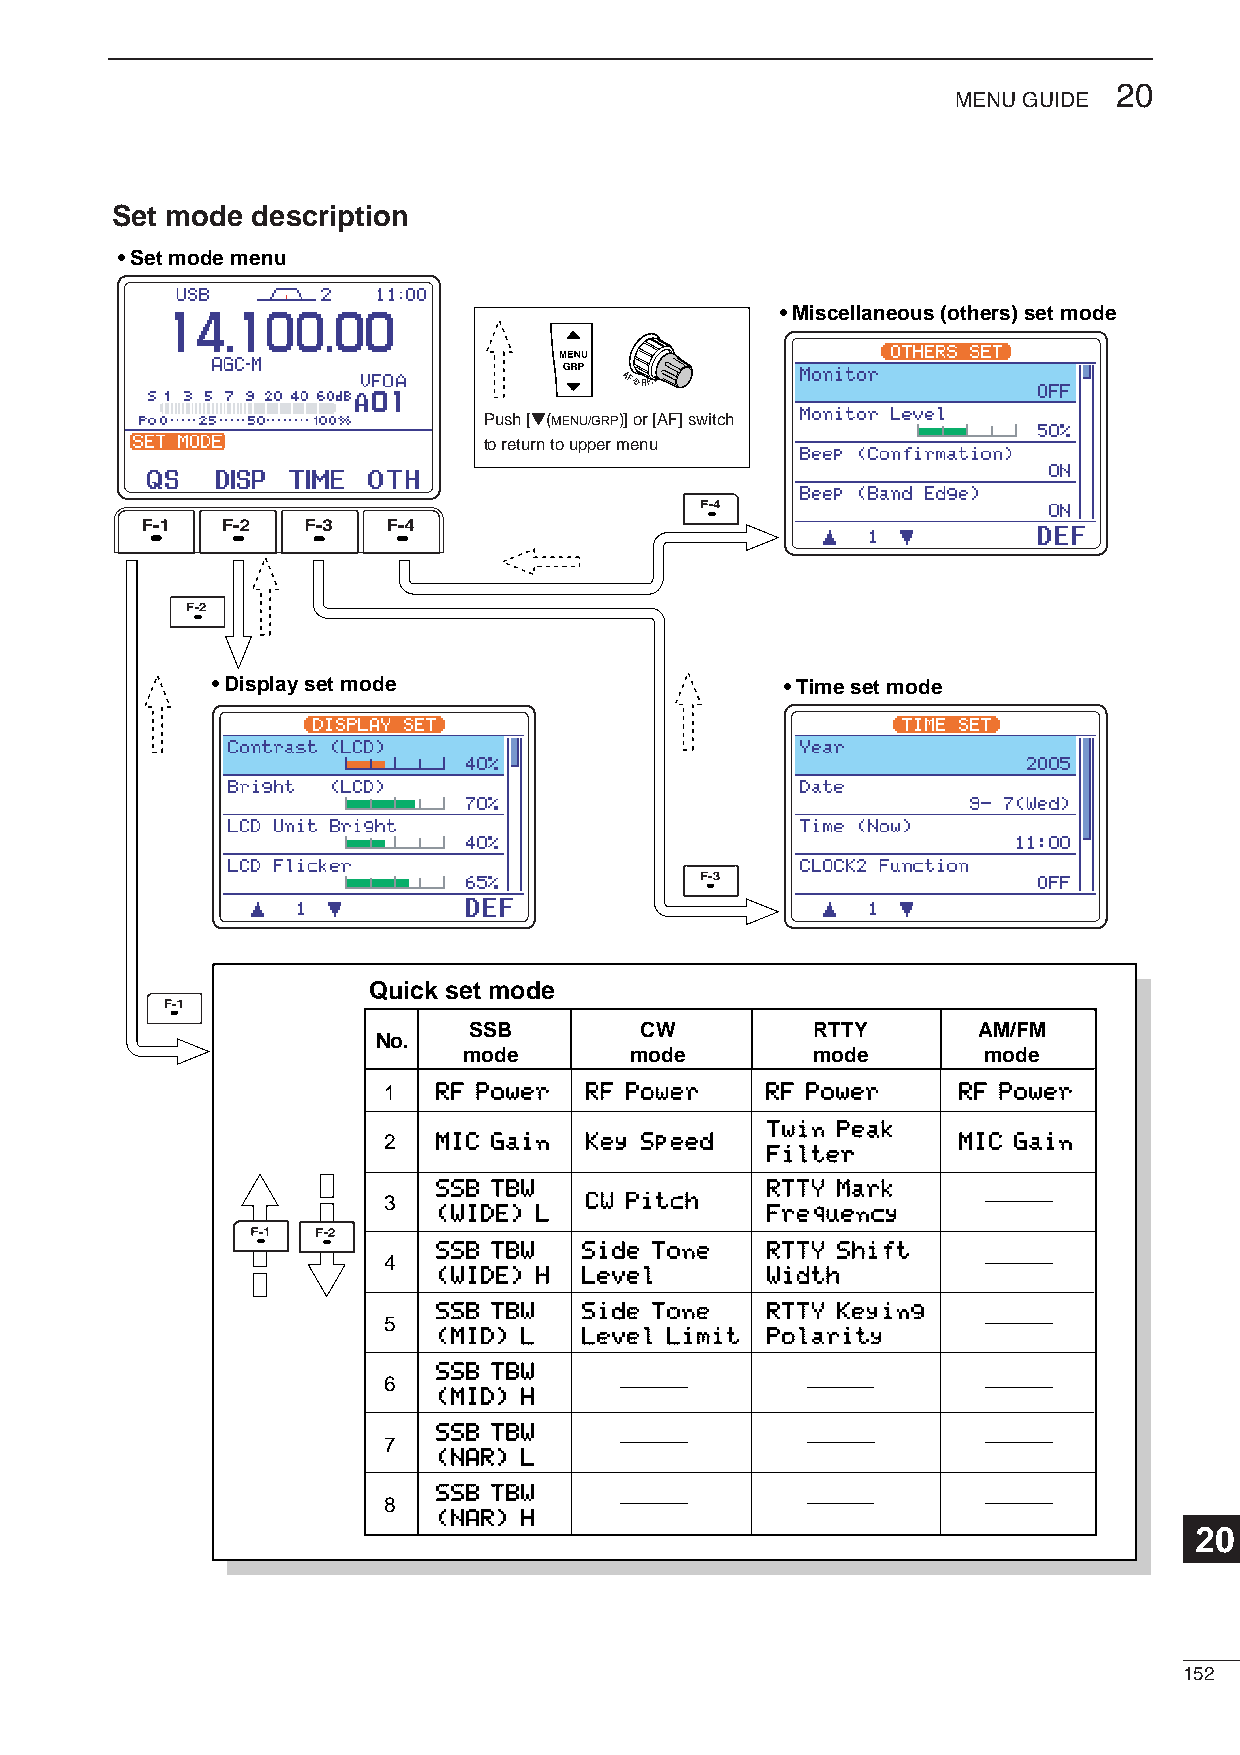
20
 MENU GUIDE
 Set mode  description
 • Set mode menu
 • Miscellaneous (others) set mode
 Push [Z(MENU/GRP)] or [AF] switch
 to return to upper menu
 • Display set mode                    • Time set mode
 Quick set mode
 SSB        CW          RTTY       AM/FM
 No.
 mode       mode        mode       mode
 1   RF Power  RF Power    RF Power    RF Power
 Twin Peak
 2   MIC Gain  Key Speed               MIC Gain
 Filter
 SSB TBW               RTTY Mark
 3             CW Pitch
 (WIDE) L              Frequency
 SSB TBW  Side Tone    RTTY Shift
 4
 (WIDE) H Level        Width
 SSB TBW  Side Tone    RTTY Keying
 5
 (MID) L  Level Limit  Polarity
 SSB TBW
 6
 (MID) H
 SSB TBW
 7
 (NAR) L
 SSB TBW
 8
 (NAR) H
 20
 152